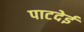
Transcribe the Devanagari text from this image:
पाटदेई